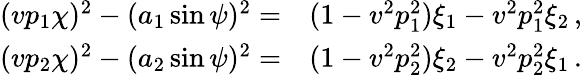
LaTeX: \begin{array}{rl}{(vp_{1}\chi)^{2}-(a_{1}\sin\psi)^{2}=}&{{}(1-v^{2}p_{1}^{2})\xi_{1}-v^{2}p_{1}^{2}\xi_{2}\, ,}\\ {(vp_{2}\chi)^{2}-(a_{2}\sin\psi)^{2}=}&{{}(1-v^{2}p_{2}^{2})\xi_{2}-v^{2}p_{2}^{2}\xi_{1}\, .}\end{array}